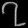
Digit: ၇